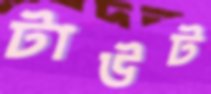
টাউট